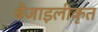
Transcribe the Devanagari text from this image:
बेंजाइलीकृत